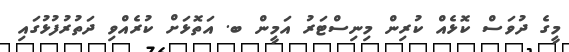
މީގެ ދުވަސް ކޮޅެއް ކުރިން މިނިސްޓަރު އަމީން ބ. އަތޮޅަށް ކުރެއްވި ދަތުރުފުޅުގައި